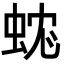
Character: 𧊼